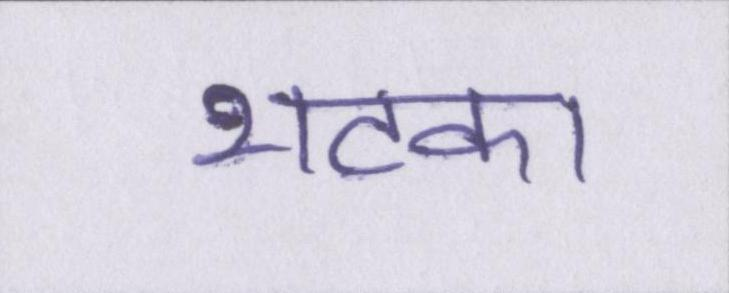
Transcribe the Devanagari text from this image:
भटका